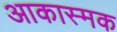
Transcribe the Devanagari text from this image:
आकास्मक